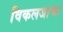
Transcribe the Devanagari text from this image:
विकलजाचा